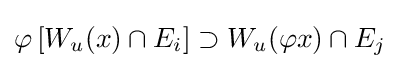
\varphi \left[W_{u}(x)\cap E_{i}\right]\supset W_{u}(\varphi x)\cap E_{j}